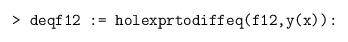
LaTeX: \begin{align*} \texttt{> deqf12 := holexprtodiffeq(f12,y(x)):}\end{align*}